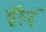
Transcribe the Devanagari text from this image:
हीनं